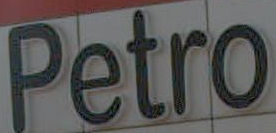
Petro